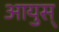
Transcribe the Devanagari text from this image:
आयुस्